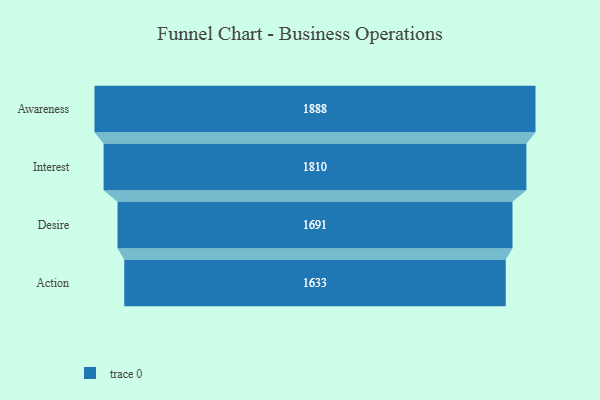
{"axis": {"x": "Stage", "y": "Value"}, "legend": [""], "data": [{"x": "Awareness", "y": 1888.0, "type": ""}, {"x": "Interest", "y": 1810.0, "type": ""}, {"x": "Desire", "y": 1691.0, "type": ""}, {"x": "Action", "y": 1633.0, "type": ""}]}